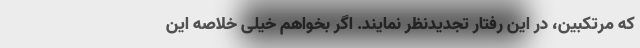
که مرتکبین، در این رفتار تجدیدنظر نمایند. اگر بخواهم خیلی خلاصه این